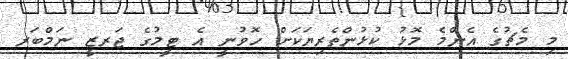
މި މެޗުގެ އެންމެ މޮޅު ކުޅުންތެރިޔަކަށް ހޮވުނީ އެ ޓީމުގެ ޖަރޒީ ނަމްބަރ